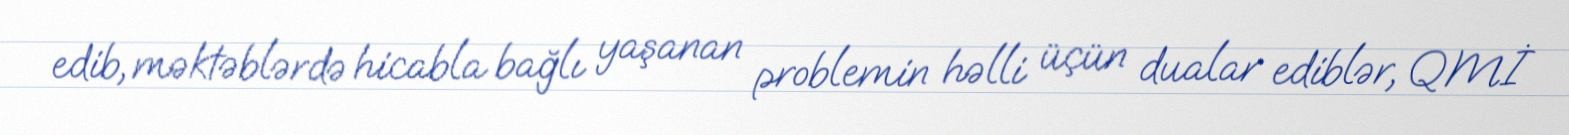
edib, məktəblərdə hicabla bağlı yaşanan problemin həlli üçün dualar ediblər, QMİ